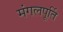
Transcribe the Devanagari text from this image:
मंगलपूर्ति